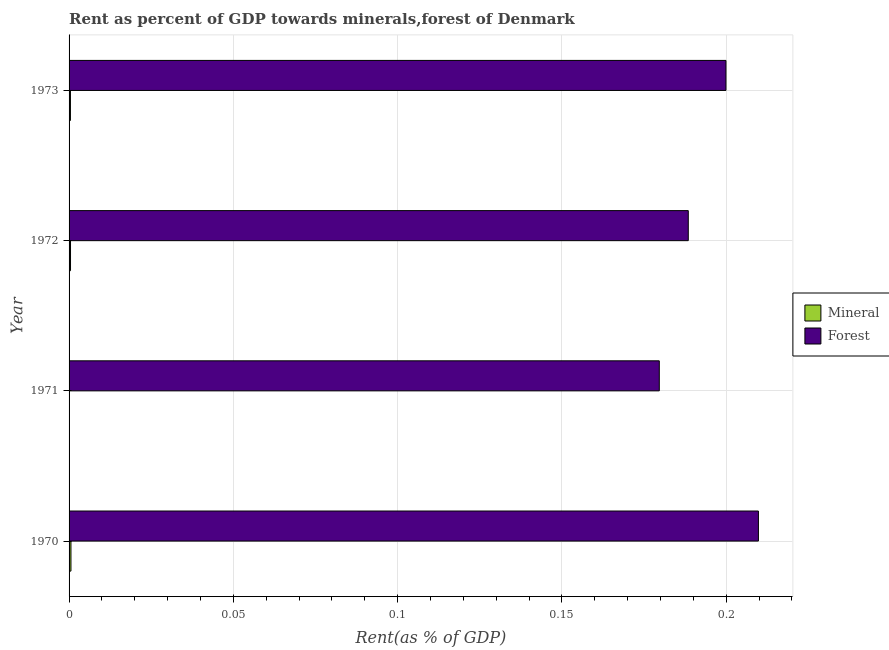
| Year | Mineral | Forest |
 | --- | --- | --- |
 | 1970 | 0.000574 | 0.21 |
 | 1971 | 8.55e-05 | 0.18 |
 | 1972 | 0.000442 | 0.188 |
 | 1973 | 0.000415 | 0.2 |